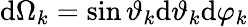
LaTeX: \mathrm{d}\Omega_{k}=\sin\vartheta_{k}\mathrm{d}\vartheta_{k}\mathrm{d}\varphi_{k}